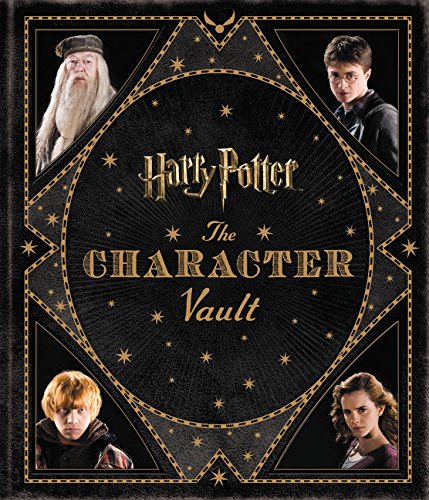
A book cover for Harry Potter: The Character Vault; Jody Revenson; Humor & Entertainment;